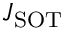
J _ { \mathrm { S O T } }